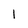
Character: 1